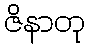
ဇိနာတု